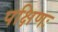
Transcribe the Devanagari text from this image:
पक्षिणः